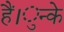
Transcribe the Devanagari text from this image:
हैं।ुन्के